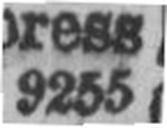
9255